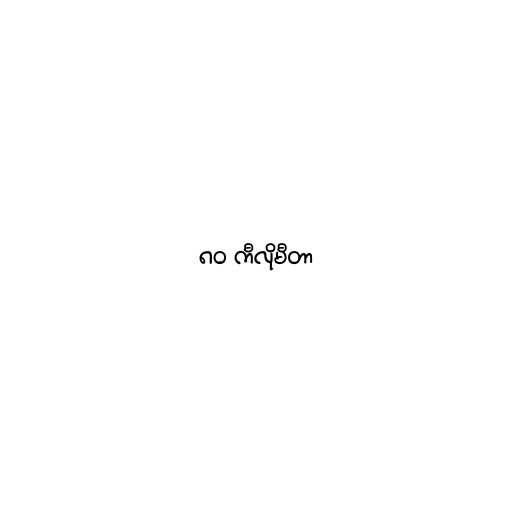
၈၀ ကီလိုမီတာ